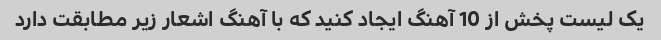
یک لیست پخش از 10 آهنگ ایجاد کنید که با آهنگ اشعار زیر مطابقت دارد